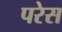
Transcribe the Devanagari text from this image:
परेस